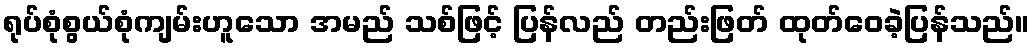
ရုပ်စုံစွယ်စုံကျမ်းဟူသော အမည် သစ်ဖြင့် ပြန်လည် တည်းဖြတ် ထုတ်ဝေခဲ့ပြန်သည်။